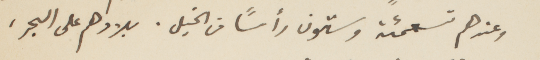
وعندهم تسعمئه وستون رأسًا من الخيل. بلادهم على البحر،